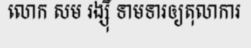
លោក សម រង្ស៊ី ទាមទារឲ្យតុលាការ